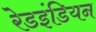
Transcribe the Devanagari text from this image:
रेडइंडियन